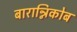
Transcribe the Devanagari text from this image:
बारान्निकोब